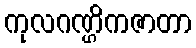
ကုလဂဏ္ဌိကဇာတာ